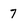
Character: 7